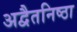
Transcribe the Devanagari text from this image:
अद्वैतनिष्ठा